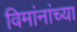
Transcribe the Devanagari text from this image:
विमांनांच्या